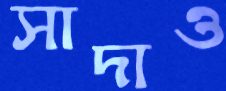
সাদাও